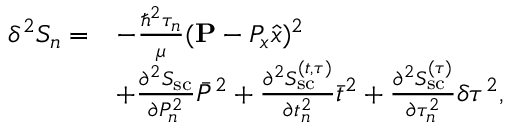
\begin{array} { r l } { \delta ^ { 2 } S _ { n } = } & { - \frac { \hbar ^ { 2 } \tau _ { n } } { \mu } ( { \bf P } - P _ { x } \hat { x } ) ^ { 2 } } \\ & { + \frac { \partial ^ { 2 } S _ { \mathrm { s c } } } { \partial P _ { n } ^ { 2 } } \bar { P } ^ { 2 } + \frac { \partial ^ { 2 } S _ { \mathrm { s c } } ^ { ( t , \tau ) } } { \partial t _ { n } ^ { 2 } } \bar { t } ^ { 2 } + \frac { \partial ^ { 2 } S _ { \mathrm { s c } } ^ { ( \tau ) } } { \partial \tau _ { n } ^ { 2 } } \delta \tau ^ { 2 } , } \end{array}